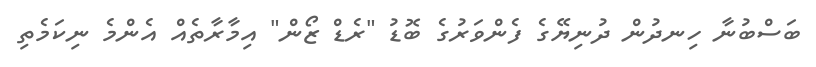
ބަސްބުނާ ހިނދުން ދުނިޔޭގެ ފެންވަރުގެ ބޮޑު "ރެޑް ޒޯން" އިމާރާތެއް އެންމެ ނިކަމެތި